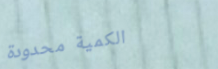
الكمية محدودة